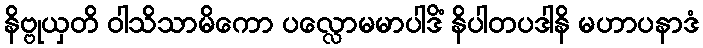
နိဗ္ဗုယှတိ ဝါသိသာမိကော ပလ္လောမမာပါဒိံ နိပါတပဒါနိ မဟာပနာဒံ